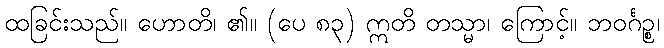
ထခြင်းသည်။ ဟောတိ၊ ၏။ (ပေ ၈၃) ဣတိ တသ္မာ၊ ကြောင့်။ ဘဝင်္ဂဉ္စ၊